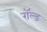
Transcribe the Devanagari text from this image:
रॉल्‍ड